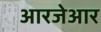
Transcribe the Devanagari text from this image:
आरजेआर